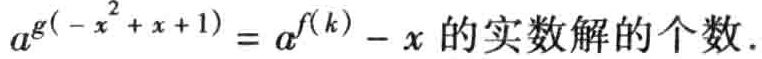
\(a^{g(-x^{2}+x + 1)} = a^{f(k)}-x\)的实数解的个数.